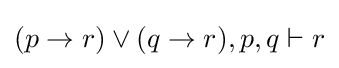
(p\rightarrow r)\lor (q\rightarrow r),p,q\vdash r